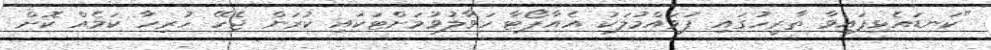
"ކަނޑައެޅިފައިވާ ތާރީހުގައި ފުވައްމުލަކު އެއާޕޯޓާ ހަވާލުވުމަށްޓަކައި ކުރަން ޖެހޭ ހުރިހާ ކަމެއް ކޮށް